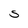
Character: S